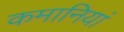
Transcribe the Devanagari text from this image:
कमानियां